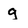
Character: g